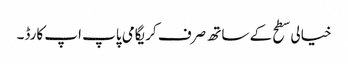
خیالی سطح کے ساتھ صرف کریگامی پاپ اپ کارڈ۔